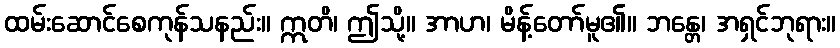
ထမ်းဆောင်စေကုန်သနည်း။ ဣတိ၊ ဤသို့။ အာဟ၊ မိန့်တော်မူ၏။ ဘန္တေ၊ အရှင်ဘုရား။